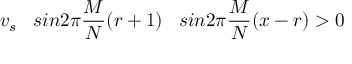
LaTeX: v _ { s } \; \; \; s i n 2 \pi \frac { M } { N } ( r + 1 ) \; \; \; s i n 2 \pi \frac { M } { N } ( x - r ) > 0